Report of the Indian Hemp Drugs Commission, 1894-1895 - Volume VI
Year: 1894
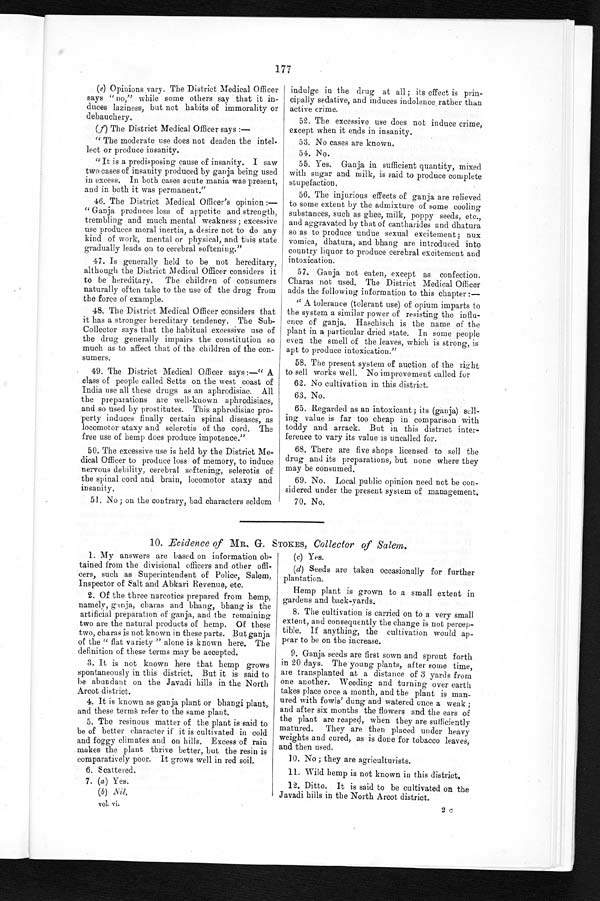
177
(e) Opinions vary. The District Medical Officer
says " no," while some others say that it in-
duces laziness, but not habits of immorality or
debauchery.
(f) The District Medical Officer says :-
" The moderate use does not deaden the intel-
lect or produce insanity.
"It is a predisposing cause of insanity. I saw
two cases of insanity produced by ganja being used
in excess. In both cases acute mania was present,
and in both it was permanent."
46. The District Medical Officer's opinion :-
" Ganja produces loss of appetite and strength,
trembling and much mental weakness; excessive
use produces moral inertia, a desire not to do any
kind of work, mental or physical, and this state
gradually leads on to cerebral softening."
47. Is generally held to be not hereditary,
although the District Medical Officer considers it
to be hereditary. The children of consumers
naturally often take to the use of the drug from
the force of example.
48. The District Medical Officer considers that
it has a stronger hereditary tendency. The Sub-
Collector says that the habitual excessive use of
the drug generally impairs the constitution so
much as to affect that of the children of the con-
sumers.
49. The District Medical Officer says :-" A
class of people called Setts on the west coast of
India use all these drugs as an aphrodisiac. All
the preparations are well-known aphrodisiacs,
and so used by prostitutes. This aphrodisiac pro-
perty induces finally certain spinal diseases, as
locomotor ataxy and sclerotis of the cord. The
free use of hemp does produce impotence."
50. The excessive use is held by the District Me-
dical Officer to produce loss of memory, to induce
nervous debility, cerebral softening, sclerotis of
the spinal cord and brain, locomotor ataxy and
insanity.
51. No ; on the contrary, bad characters seldom
indulge in the drug at all ; its effect is prin-
cipally sedative, and induces indolence . rather than
active crime.
52. The excessive use does not induce crime,
except when it ends in insanity.
53. No cases are known.
54. No.
55. Yes. Ganja in sufficient quantity, mixed
with sugar and milk, is said to produce complete
stupefaction.
56. The injurious effects of ganja are relieved
to some extent by the admixture of some cooling
substances, such as ghee, milk, poppy seeds, etc.,
and aggravated by that of cantharides and dhatura
so as to produce undue sexual excitement; nux
vomica, dhatura, and bhang are introduced into
country liquor to produce cerebral excitement and
intoxication.
57. Ganja not eaten, except as confection.
Charas not used. The District Medical Officer
adds the following information to this chapter :-
A tolerance (tolerant use) of opium imparts to
the system a similar power of resisting the influ-
ence of ganja. Haschisch is the name of the
plant in a particular dried state. In some people
even the smell of the leaves, which is strong, is
apt to produce intoxication."
58. The present system of auction of the right
to sell works well. No improvement called for
62. No cultivation in this district.
63. No.
65. Regarded as an intoxicant ; its (ganja) sell-
ing value is far too cheap in comparison with
toddy and arrack. But in this district inter-
ference to vary its value is uncalled for.
68. There are five shops licensed to sell the
drug and its preparations, but none where they
may be consumed,
69. No. Local public opinion need not be con-
sidered under the present system of management.
70. No.
10.Evidence of MR. G. STOKES, Collector of Salem,.
1. My answers are based on information ob-
tained from the divisional officers and other offi-
cers, such as Superintendent of Police, Salem,
Inspector of Salt and Abkari Revenue, etc.
2. Of the three narcotics prepared from hemp,
namely, ganja, charas and bhang, bhang is the
artificial preparation of ganja, and the remaining
two are the natural products of hemp. Of these
two, charas is not known in these parts. But ganja
of the " flat variety " alone is known here. The
definition of these terms may be accepted.
3. It is not known here that hemp grows
spontaneously in this district. But it is said to
he abundant on the Javadi hills in the North
Arcot district.
4. It is known as ganja plant or bhangi plant,
and these terms refer to the same plant.
5. The resinous matter of the plant is said to
be of better character if it is cultivated in cold
and foggy climates and on hills. Excess of rain
makes the plant thrive better, but the resin is
comparatively poor. It grows well in red soil.
6. Scattered.
7. (a) Yes.
(b) Nil.
vol. vi.
(c) Yes.
(d) Seeds are taken occasionally for further
plantation.
Hemp plant is grown to a small extent in
gardens
ards.
8. The cultivation is carried on to a very small
extent, and consequently the change is not percep-
tible. If anything, the cultivation would ap-
pear to be on the increase.
9. Ganja seeds are first sown and sprout forth
in 20 days. The young plants, after some time,
are transplanted at a distance of 3 yards from
one another. Weeding and turning over earth
takes place once a month, and the plant is man-
ured with fowls' dung and watered once a weak ;
and after six months the flowers and the ears of
the plant are reaped, when they are sufficiently
matured. They are then placed under heavy
weights and cured, as is done for tobacco leaves,
and then used.
10. No ; they are agriculturists.
11. Wild hemp is not known in this district.
12. Ditto. It is said to be cultivated on the
Javadi hills in the North Arcot district.
2c